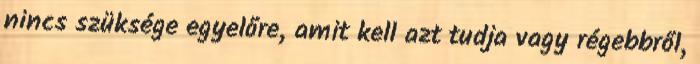
nincs szüksége egyelőre, amit kell azt tudja vagy régebbről,